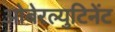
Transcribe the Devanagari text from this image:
ओबेरल्युटिनेंट